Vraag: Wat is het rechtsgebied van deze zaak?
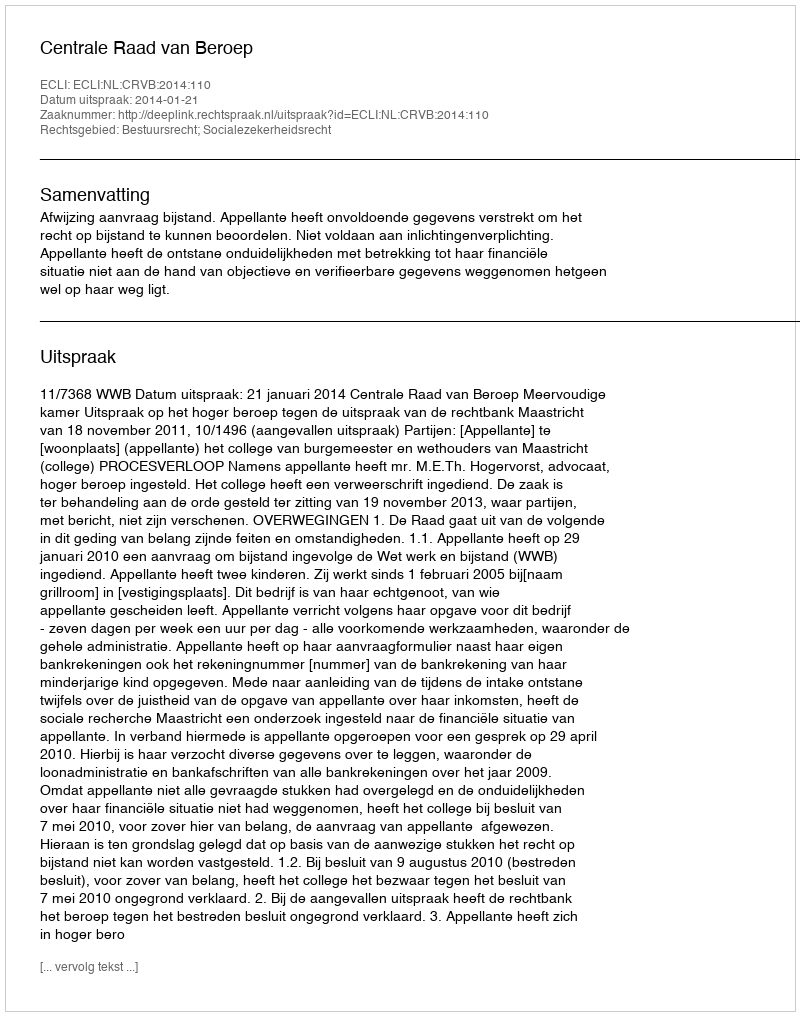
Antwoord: Bestuursrecht; Socialezekerheidsrecht